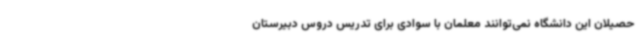
حصیلان این دانشگاه نمی‌توانند معلمان با سوادی برای تدریس دروس دبیرستان